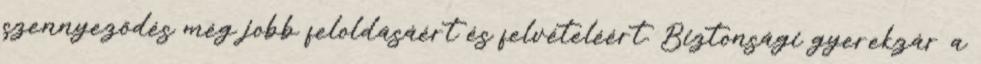
szennyeződés még jobb feloldásáért és felvételéért. Biztonsági gyerekzár a